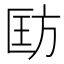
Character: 𪯵